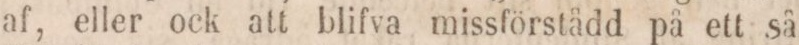
af, eller ock att blifva missförstådd på ett så